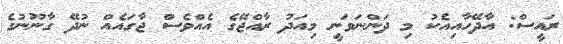
ރައީސް: އާދޭހާއިއެކު މި ދަންނަވަނީ މިއަދު ރާއްޖޭގެ އެއްވެސް ޖާގައެއް ނުދޭ ގާނޫނުގެ